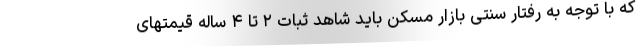
که با توجه به رفتار سنتی بازار مسکن باید شاهد ثبات ۲ تا ۴ ساله قیمتهای